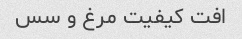
افت کیفیت مرغ و سس